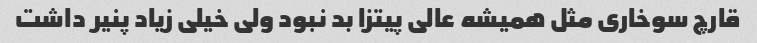
قارچ سوخاری مثل همیشه عالی پیتزا بد نبود ولی خیلی زیاد پنیر داشت